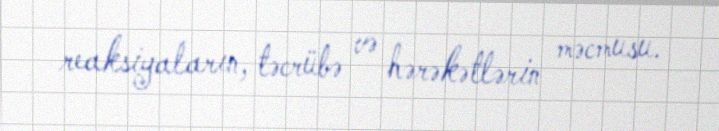
reaksiyaların, təcrübə və hərəkətlərin məcmusu.